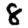
Digit: 8